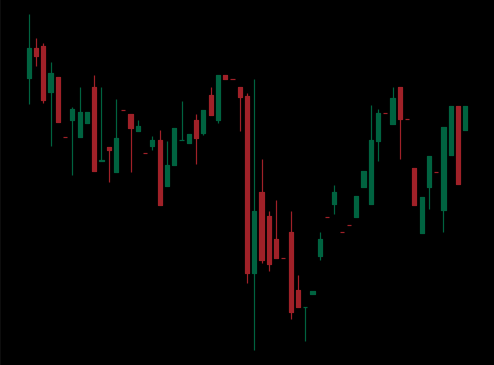
Pattern: inverse_head_shoulders